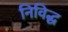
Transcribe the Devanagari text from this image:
निविद्ध